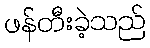
ဖန်တီးခဲ့သည်